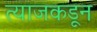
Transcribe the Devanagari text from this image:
त्याजकडून